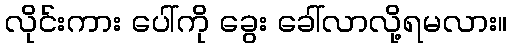
လိုင်းကား ပေါ်ကို ခွေး ခေါ်လာလို့ရမလား။